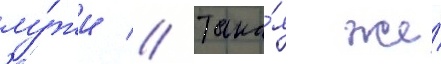
лу́жи // Така́я же́